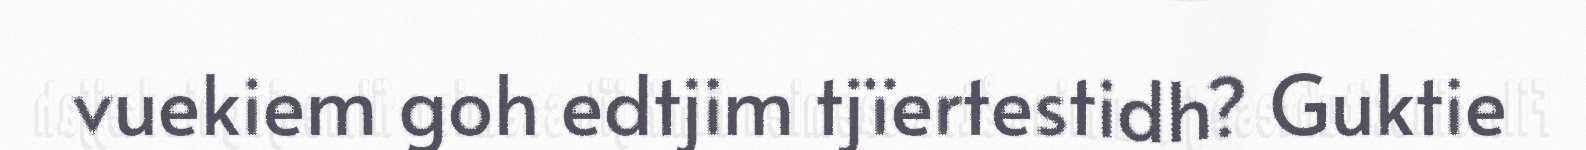
vuekiem goh edtjim tjïertestidh? Guktie